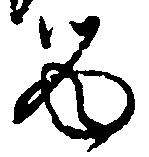
留